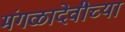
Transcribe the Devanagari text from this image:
मंगळादेवीच्या